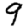
Digit: 9